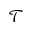
\mathcal { T }